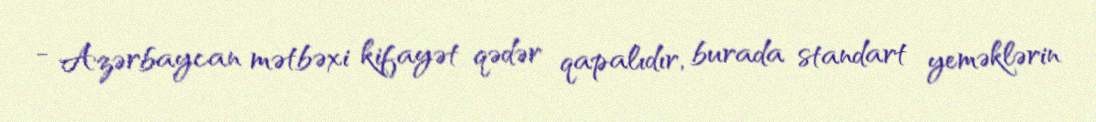
- Azərbaycan mətbəxi kifayət qədər qapalıdır, burada standart yeməklərin